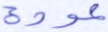
عودة